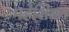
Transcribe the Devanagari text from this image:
महेशिका